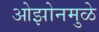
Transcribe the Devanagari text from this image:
ओझोनमुळे